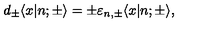
d _ { \pm } \langle x | n ; { \pm } \rangle = \pm \varepsilon _ { n , { \pm } } \langle x | n ; { \pm } \rangle ,